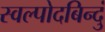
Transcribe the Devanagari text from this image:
स्वल्पोदबिन्दुं